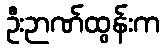
ဦးဉာဏ်ထွန်းက